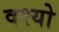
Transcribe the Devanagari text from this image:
वश्यो